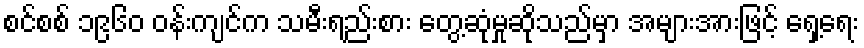
စင်စစ် ၁၉၆၀ ဝန်းကျင်က သမီးရည်းစား တွေ့ဆုံမှုဆိုသည်မှာ အများအားဖြင့် ရှေ့ရေး